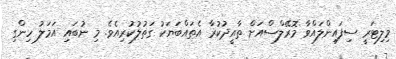
މިލިޓަރީ ސިފައިންލައްވާ މޮރޭލްސްއަށް ތާއީދުކުރާ އެތައްބަޔަކު ގަތުލުކުރިއެވެ. މި ނުބައި އަމަލު ހިންގި